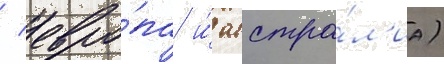
/ евро́па и́ австра́л'иа)